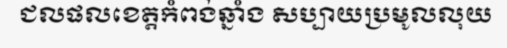
ជលផលខេត្តកំពង់ឆ្នាំង សប្បាយប្រមូលលុយ